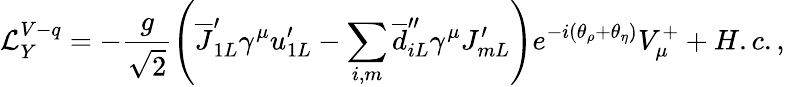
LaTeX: {\cal L}_{Y}^{V-q}=-\frac g{\sqrt{2}}\left(\overline{{{J}}}_{1L}^{\prime}\gamma^{\mu}u_{1L}^{\prime}-\sum_{i,m}\overline{{{d}}}_{iL}^{\prime\prime}\gamma^{\mu}J_{mL}^{\prime}\right)e^{-i(\theta_{\rho}+\theta_{\eta})}V_{\mu}^{+}+H.c.,